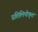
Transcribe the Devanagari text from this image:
प्रतिलिपीकृत